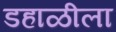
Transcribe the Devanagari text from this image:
डहाळीला